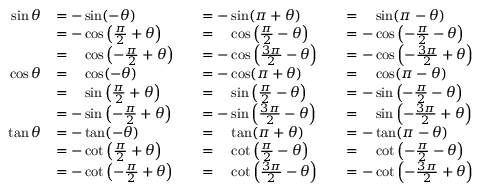
{ \begin{array} { r l r l r l } { \sin \theta } & { = - \sin ( - \theta ) } & & { = - \sin ( \pi + \theta ) } & & { = { \phantom { - } } \sin ( \pi - \theta ) } \\ & { = - \cos \left( { \frac { \pi } { 2 } } + \theta \right) } & & { = { \phantom { - } } \cos \left( { \frac { \pi } { 2 } } - \theta \right) } & & { = - \cos \left( - { \frac { \pi } { 2 } } - \theta \right) } \\ & { = { \phantom { - } } \cos \left( - { \frac { \pi } { 2 } } + \theta \right) } & & { = - \cos \left( { \frac { 3 \pi } { 2 } } - \theta \right) } & & { = - \cos \left( - { \frac { 3 \pi } { 2 } } + \theta \right) } \\ { \cos \theta } & { = { \phantom { - } } \cos ( - \theta ) } & & { = - \cos ( \pi + \theta ) } & & { = { \phantom { - } } \cos ( \pi - \theta ) } \\ & { = { \phantom { - } } \sin \left( { \frac { \pi } { 2 } } + \theta \right) } & & { = { \phantom { - } } \sin \left( { \frac { \pi } { 2 } } - \theta \right) } & & { = - \sin \left( - { \frac { \pi } { 2 } } - \theta \right) } \\ & { = - \sin \left( - { \frac { \pi } { 2 } } + \theta \right) } & & { = - \sin \left( { \frac { 3 \pi } { 2 } } - \theta \right) } & & { = { \phantom { - } } \sin \left( - { \frac { 3 \pi } { 2 } } + \theta \right) } \\ { \tan \theta } & { = - \tan ( - \theta ) } & & { = { \phantom { - } } \tan ( \pi + \theta ) } & & { = - \tan ( \pi - \theta ) } \\ & { = - \cot \left( { \frac { \pi } { 2 } } + \theta \right) } & & { = { \phantom { - } } \cot \left( { \frac { \pi } { 2 } } - \theta \right) } & & { = { \phantom { - } } \cot \left( - { \frac { \pi } { 2 } } - \theta \right) } \\ & { = - \cot \left( - { \frac { \pi } { 2 } } + \theta \right) } & & { = { \phantom { - } } \cot \left( { \frac { 3 \pi } { 2 } } - \theta \right) } & & { = - \cot \left( - { \frac { 3 \pi } { 2 } } + \theta \right) } \end{array} }